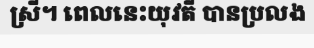
ស្រី។ ពេលនេះយុវតី បានប្រលង